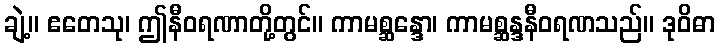
ချဲ့။ ဧတေသု၊ ဤနီဝရဏာတို့တွင်။ ကာမစ္ဆန္ဒော၊ ကာမစ္ဆန္ဒနီဝရဏသည်။ ဒုဝိဓာ